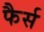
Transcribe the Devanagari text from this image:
फैर्स